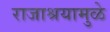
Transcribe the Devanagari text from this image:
राजाश्रयामुळे